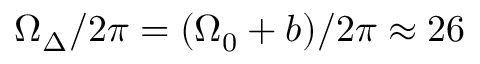
\Omega _ { \Delta } / 2 \pi = ( \Omega _ { 0 } + b ) / 2 \pi \approx 2 6